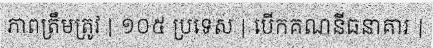
ភាពត្រឹមត្រូវ | ១០៥ ប្រទេស | បើកគណនីធនាគារ |